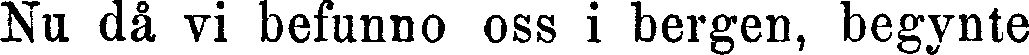
Nu då vi befunno oss i bergen, begynte